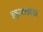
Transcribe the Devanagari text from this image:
इकुअलाइज़र